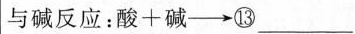
与碱反应：酸+碱-→⑬___